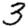
Digit: 3